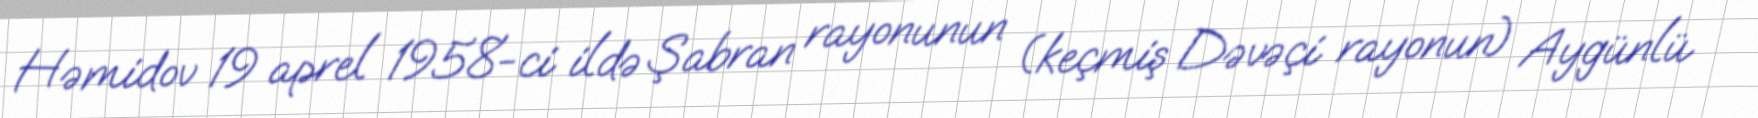
Həmidov 19 aprel 1958-ci ildə Şabran rayonunun (keçmiş Dəvəçi rayonun) Aygünlü